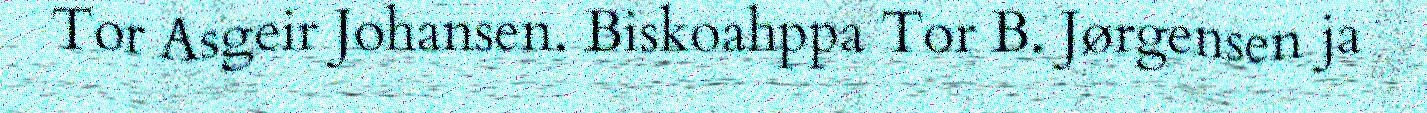
Tor Asgeir Johansen. Biskoahppa Tor B. Jørgensen ja